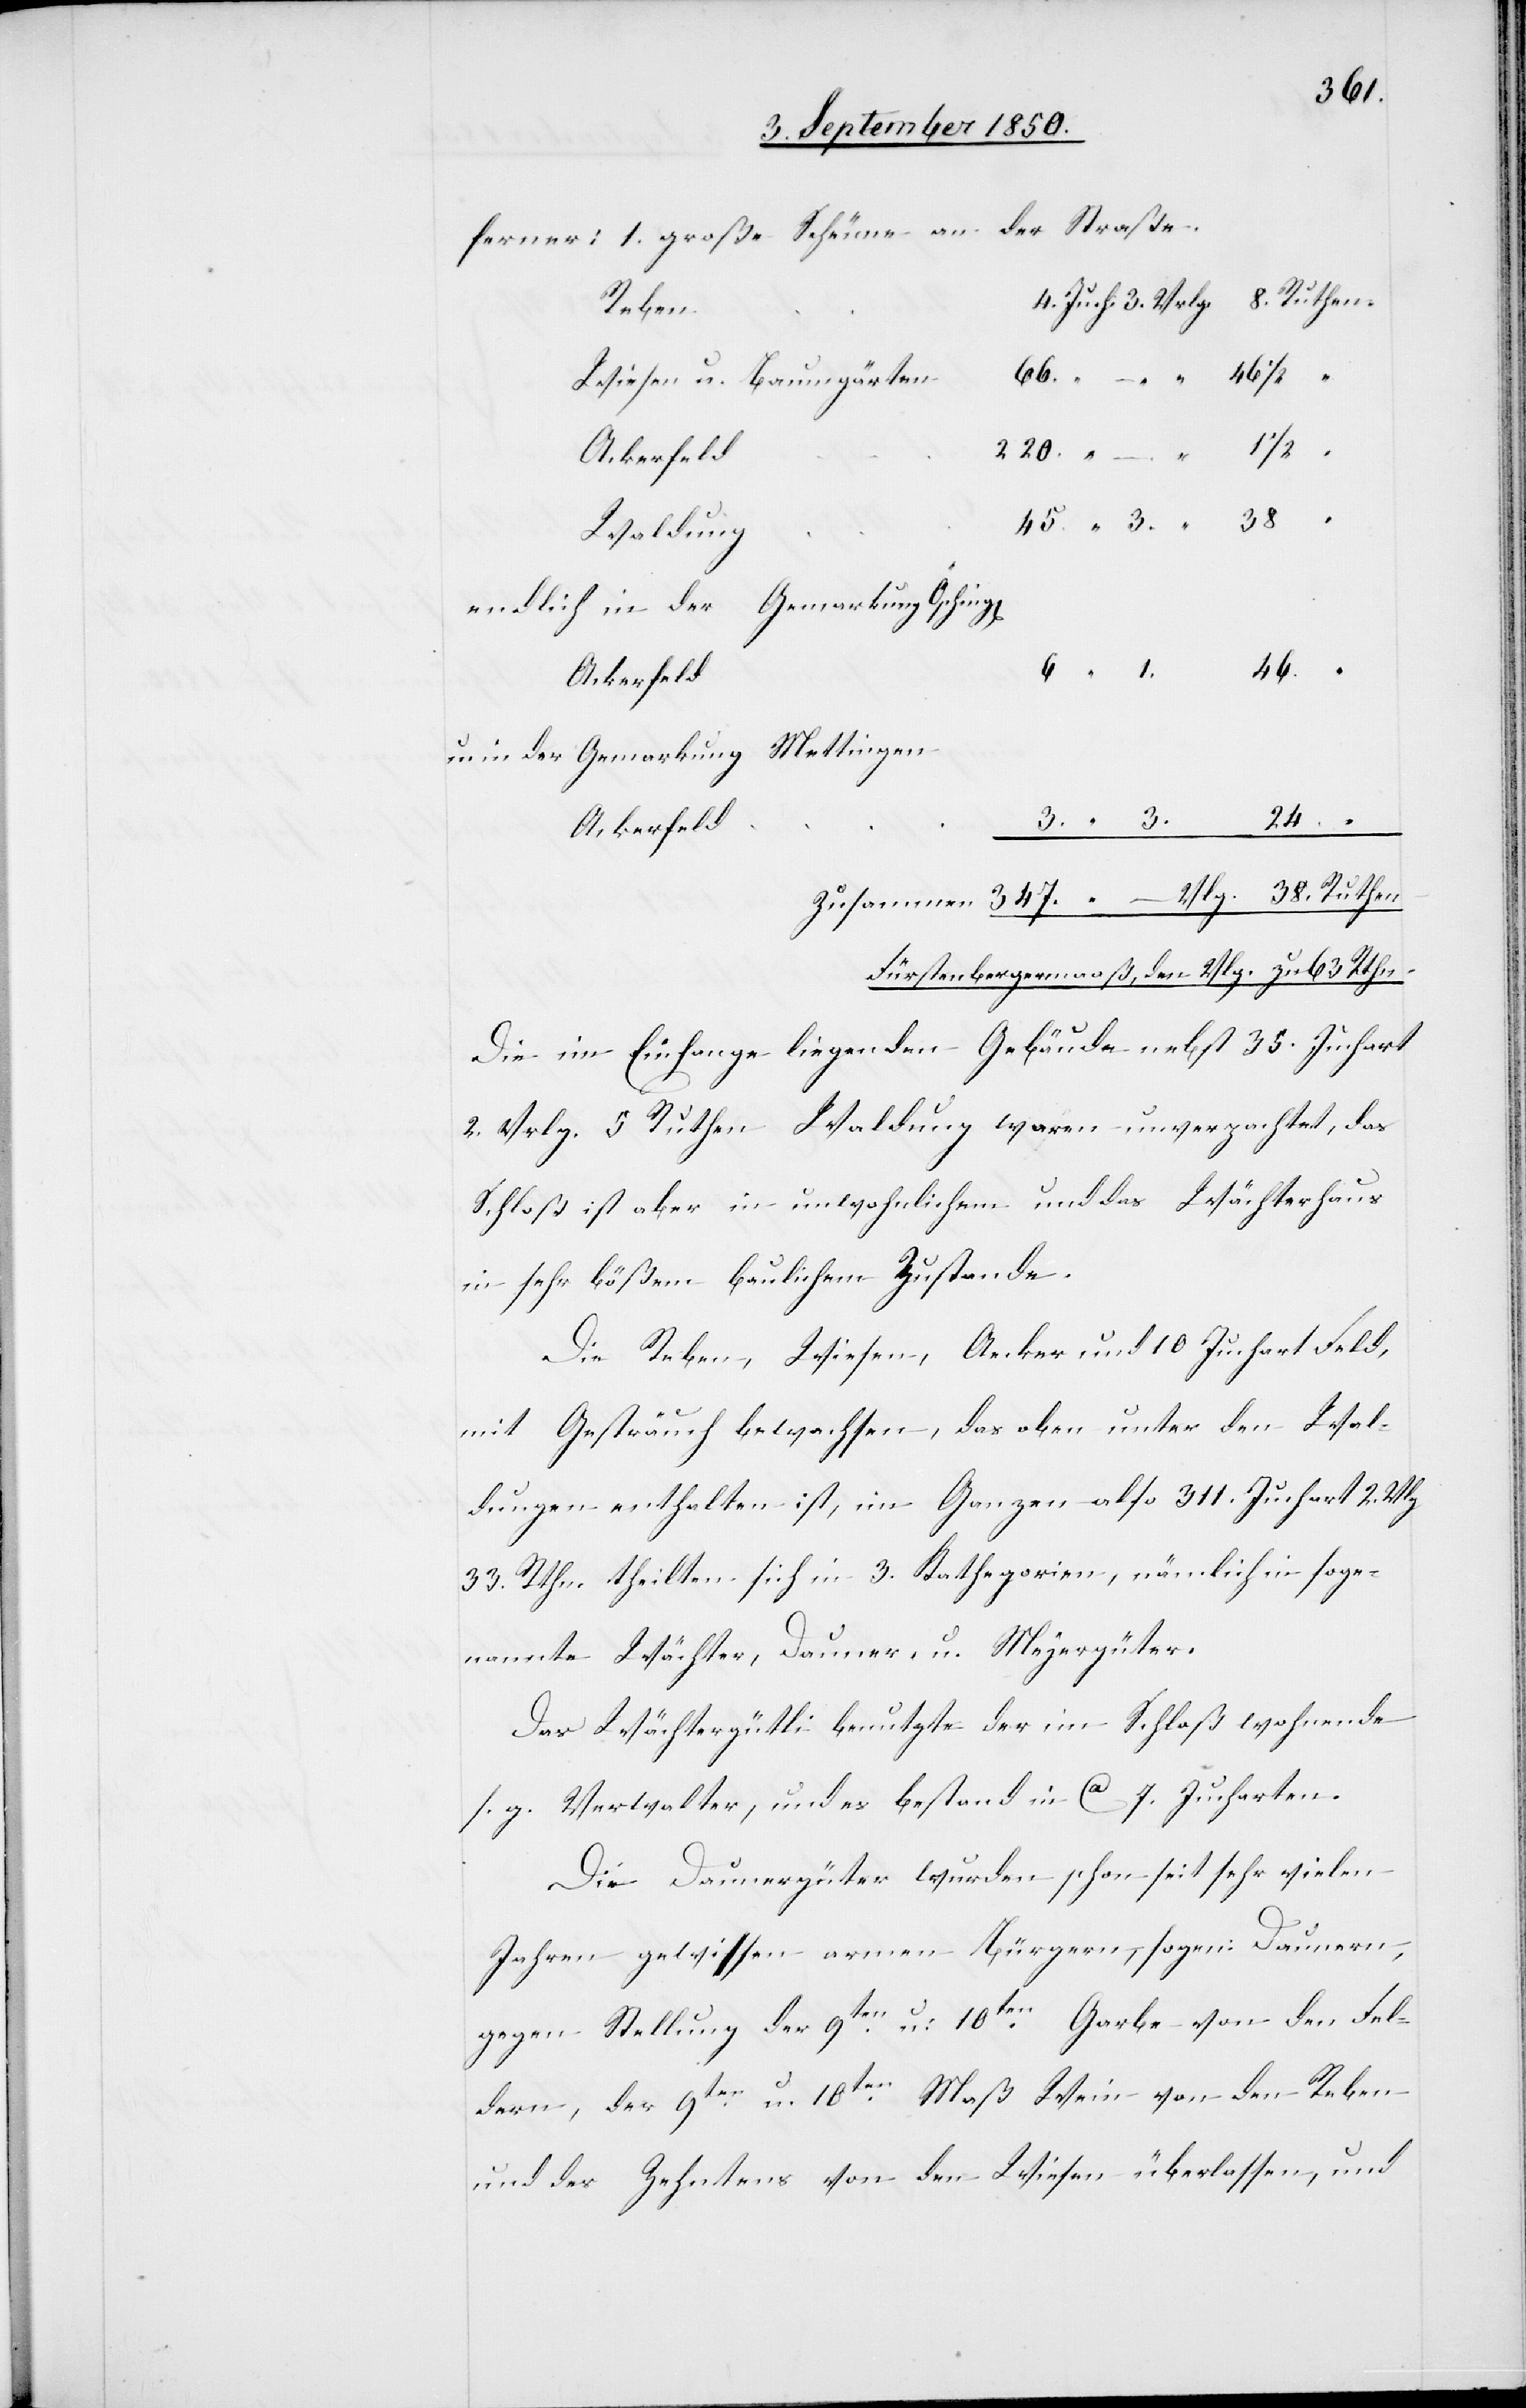
38.
Ruthen
46.
Wiesen u. Baumgärten
Waldung
endlich in der Gemarkung Osching[en]
u. in der Gemarkung Mettingen
Ackerfeld
Fürstenbergermaaß, den Vlg. zu 63 Rthn
Die im Einfange liegenden Gebäude nebst 35. Juchart
2. Vrlg. 5 Ruthen Waldung waren unverpachtet, das
Schloß ist aber in unwohnlichem und das Wächterhaus
in sehr bößem baulichem Zustande.
Die Reben, Wiesen, Aecker und 10 Juchart Feld,
mit Gesträuch bewachsen, das oben unter den Wal¬
dungen enthalten ist, im Ganzen also 311. Juchart 2. Vlg.
33. Rthn. theilten sich in 3. Kathegorien, nämlich in soge¬
nannte Wächter, Dauner, u. Meyergüter.
Das Wächtergütli benutzte der im Schloß wohnende
s. g. Verwalter, und es bestand in ca 7. Jucharten.
Die Daunergüter wurden schon seit sehr vielen
Jahren gewissen armen Bürgern, sogen: Daunern,
gegen Stellung der 9ten u. 10ten Garbe von den Fel¬
dern, der 9ten u. 10ten Maß Wein von den Reben
und des Zehntens von den Wiesen überlassen, und